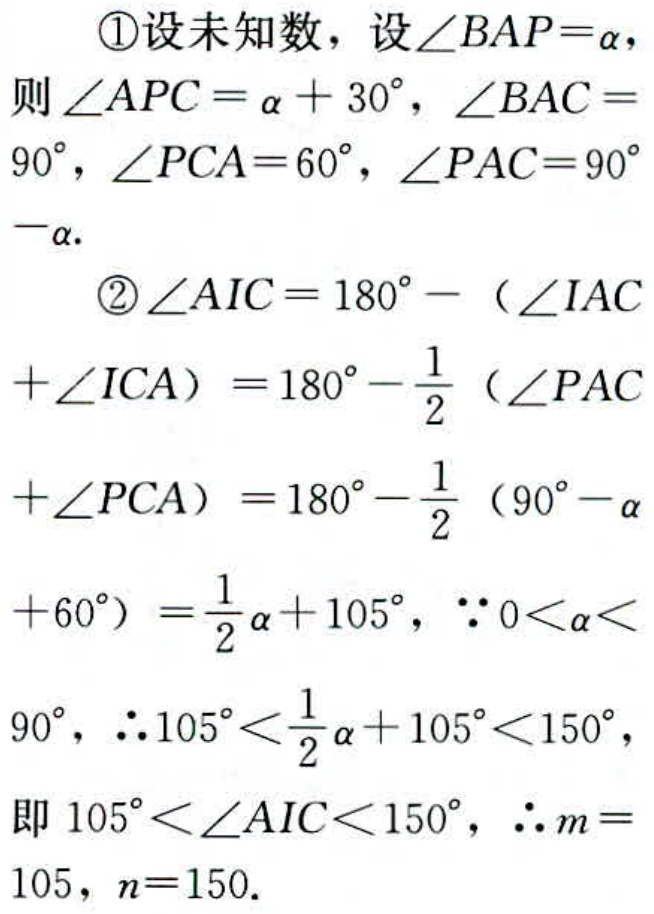
\textcircled{1}设未知数，设\(\angle BAP = \alpha\)，
则\(\angle APC=\alpha + 30^{\circ}\)，\(\angle BAC = 90^{\circ}\)，\(\angle PCA = 60^{\circ}\)，\(\angle PAC = 90^{\circ}-\alpha\).
\textcircled{2}\(\angle AIC = 180^{\circ}-(\angle IAC+\angle ICA)=180^{\circ}-\frac{1}{2}(\angle PAC+\angle PCA)=180^{\circ}-\frac{1}{2}(90^{\circ}-\alpha + 60^{\circ})=\frac{1}{2}\alpha + 105^{\circ}\)，\(\because 0<\alpha<90^{\circ}\)，\(\therefore 105^{\circ}<\frac{1}{2}\alpha + 105^{\circ}<150^{\circ}\)，即\(105^{\circ}<\angle AIC<150^{\circ}\)，\(\therefore m = 105\)，\(n = 150\).